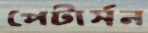
পেটার্সন